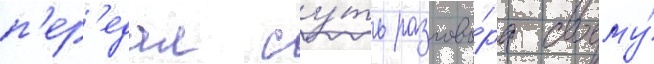
п'ер'едал су́ть разгово́ра своему́